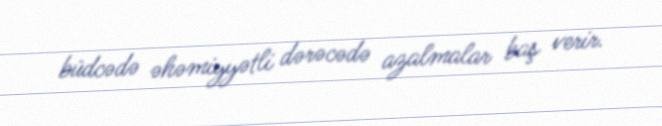
büdcədə əhəmiyyətli dərəcədə azalmalar baş verir.